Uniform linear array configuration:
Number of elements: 8
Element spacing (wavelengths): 0.25
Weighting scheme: hamming
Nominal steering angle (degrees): -60
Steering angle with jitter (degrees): -60.165
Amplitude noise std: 0.05
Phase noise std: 0.05

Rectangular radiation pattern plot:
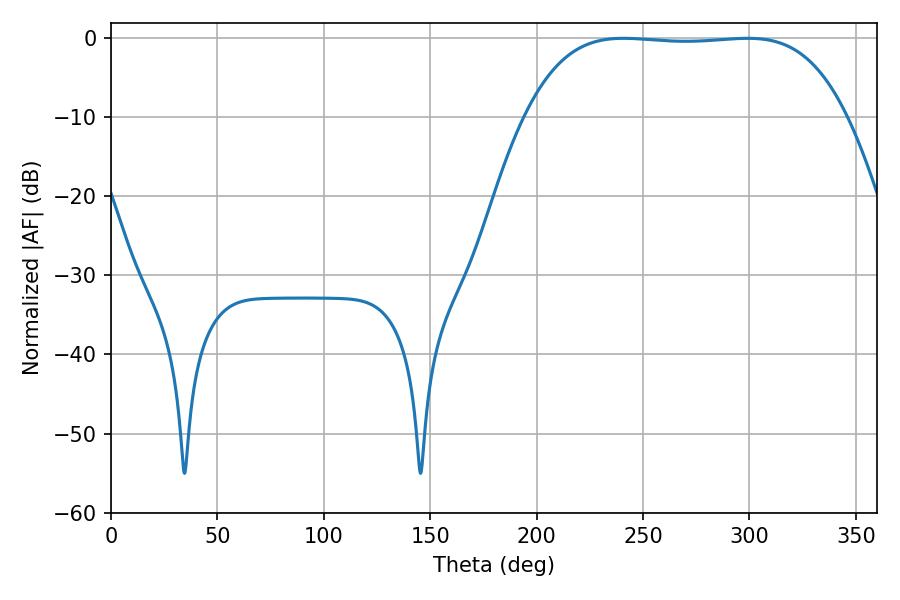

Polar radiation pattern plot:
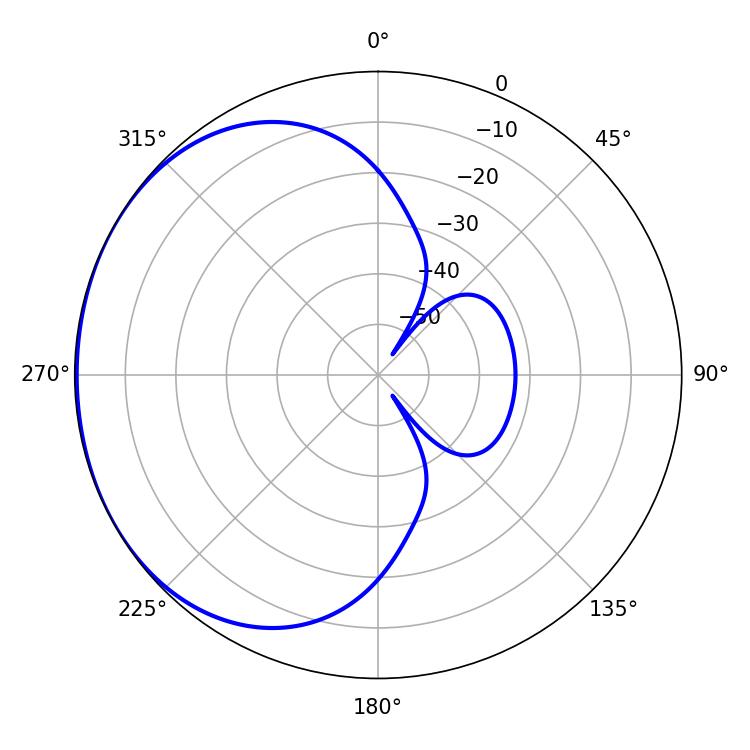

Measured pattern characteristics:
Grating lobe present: FALSE
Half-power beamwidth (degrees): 117.36
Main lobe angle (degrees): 240.84